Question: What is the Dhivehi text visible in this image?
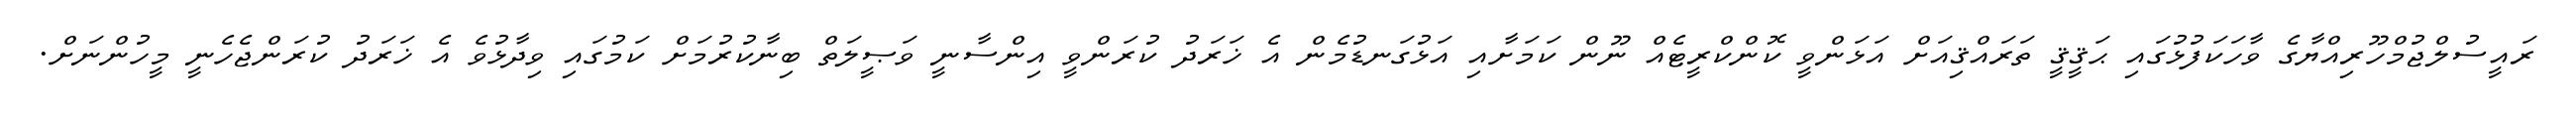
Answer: ރައީސުލްޖުމްހޫރިއްޔާގެ ވާހަކަފުޅުގައި ޙަޤީޤީ ތަރައްޤިއަށް އަޅަންވީ ކޮންކްރީޓެއް ނޫން ކަމަށާއި އަޅުގަނޑުމެން އެ ޚަރަދު ކުރަންވީ އިންސާނީ ވަޞީލަތް ބިނާކުރުމަށް ކަމުގައި ވިދާޅުވެ އެ ޚަރަދު ކުރަންޖެހެނީ މީހުންނަށް.